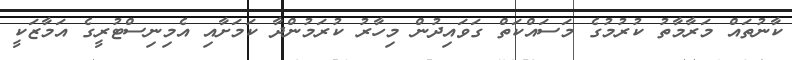
ކާނުތައް މަރާމާތު ކުރުމުގެ މަސައްކަތް ގަވައިދުން މިހާރު ކުރަމުންދާ ކަމަށާއި އެމިނިސްޓުރީގެ އަމާޒަކީ